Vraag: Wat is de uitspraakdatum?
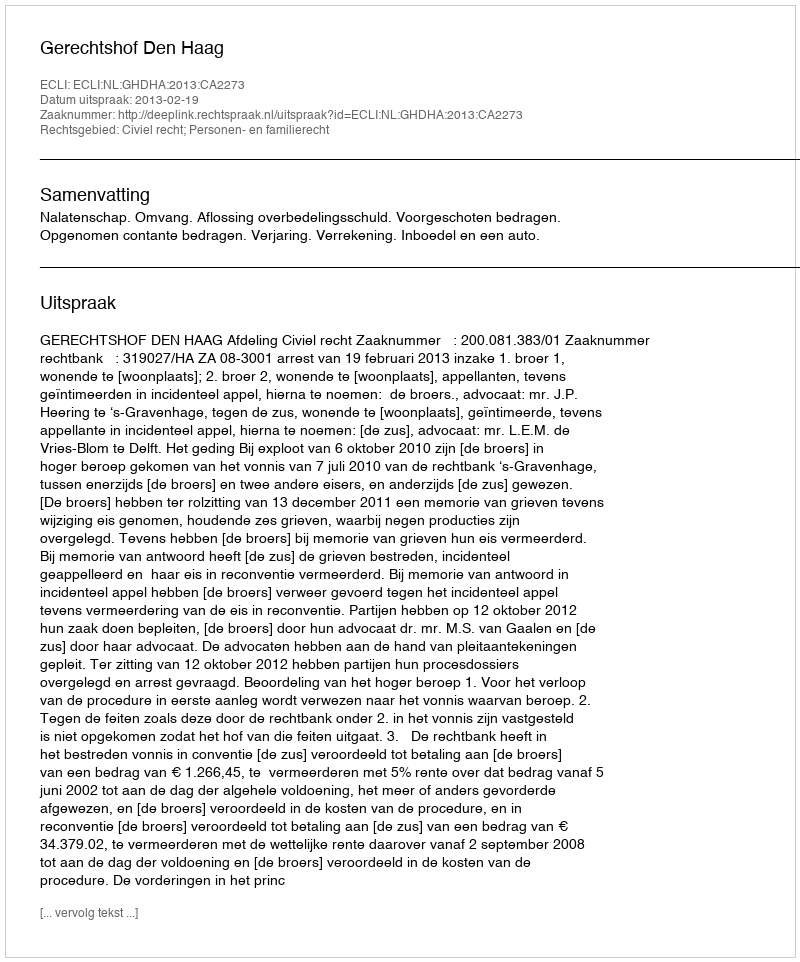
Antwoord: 2013-02-19